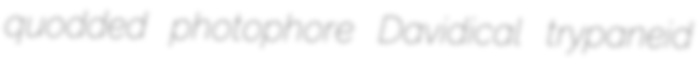
quodded photophore Davidical trypaneid